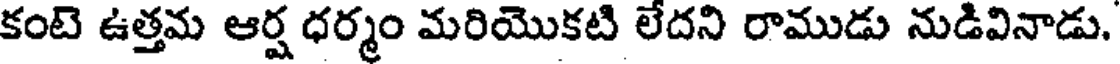
కంటె ఉత్తమ ఆర్ష ధర్మం మరియొకటి లేదని రాముడు నుడివినాడు.